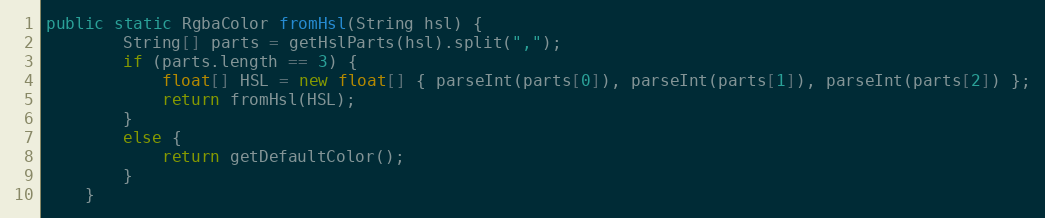
Language: Java
public static RgbaColor fromHsl(String hsl) {
        String[] parts = getHslParts(hsl).split(",");
        if (parts.length == 3) {
            float[] HSL = new float[] { parseInt(parts[0]), parseInt(parts[1]), parseInt(parts[2]) };
            return fromHsl(HSL);
        }
        else {
            return getDefaultColor();
        }
    }